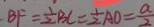
B F = \frac { 1 } { 2 } B C = \frac { 1 } { 2 } A O = \frac { a } { 2 }